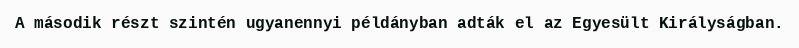
A második részt szintén ugyanennyi példányban adták el az Egyesült Királyságban.